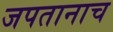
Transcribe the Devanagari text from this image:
जपतानाच